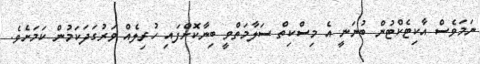
ނަމަވެސް އާކިޓެކްޓުން ބުނަނީ އެ މިސްކިތް ސަލާމަތްވީ ބިނާކޮށްފައި ހުރިލެއް ވަރުގަދަކަމުން ކަމަށެވެ.